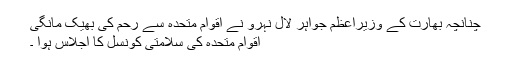
چنانچہ بھارت کے وزیراعظم جواہر لال نہرو نے اقوام متحدہ سے رحم کی بھیک مانگی
اقوام متحدہ کی سلامتی کونسل کا اجلاس ہوا ۔